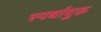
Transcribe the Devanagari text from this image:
स्पर्धायुक्त